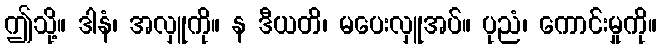
ဤသို့။ ဒါနံ၊ အလှူကို။ န ဒီယတိ၊ မပေးလှူအပ်။ ပုညံ၊ ကောင်းမှုကို။